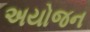
અયોજન